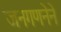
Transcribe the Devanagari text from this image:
जनगणनेने